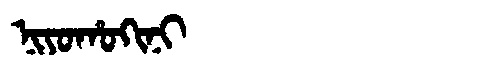
Manchu: ᠨᡳᠶᠣᡥᠣᡴᡳᠨᡳ
Romanization: NIYOHOKINI